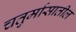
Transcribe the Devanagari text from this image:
चतुर्मासातील